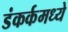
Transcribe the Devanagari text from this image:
डंकर्कमध्ये